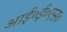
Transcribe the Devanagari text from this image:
आई०ई०एस०